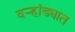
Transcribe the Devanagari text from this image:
वऱ्हांड्यात